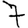
Digit: 7